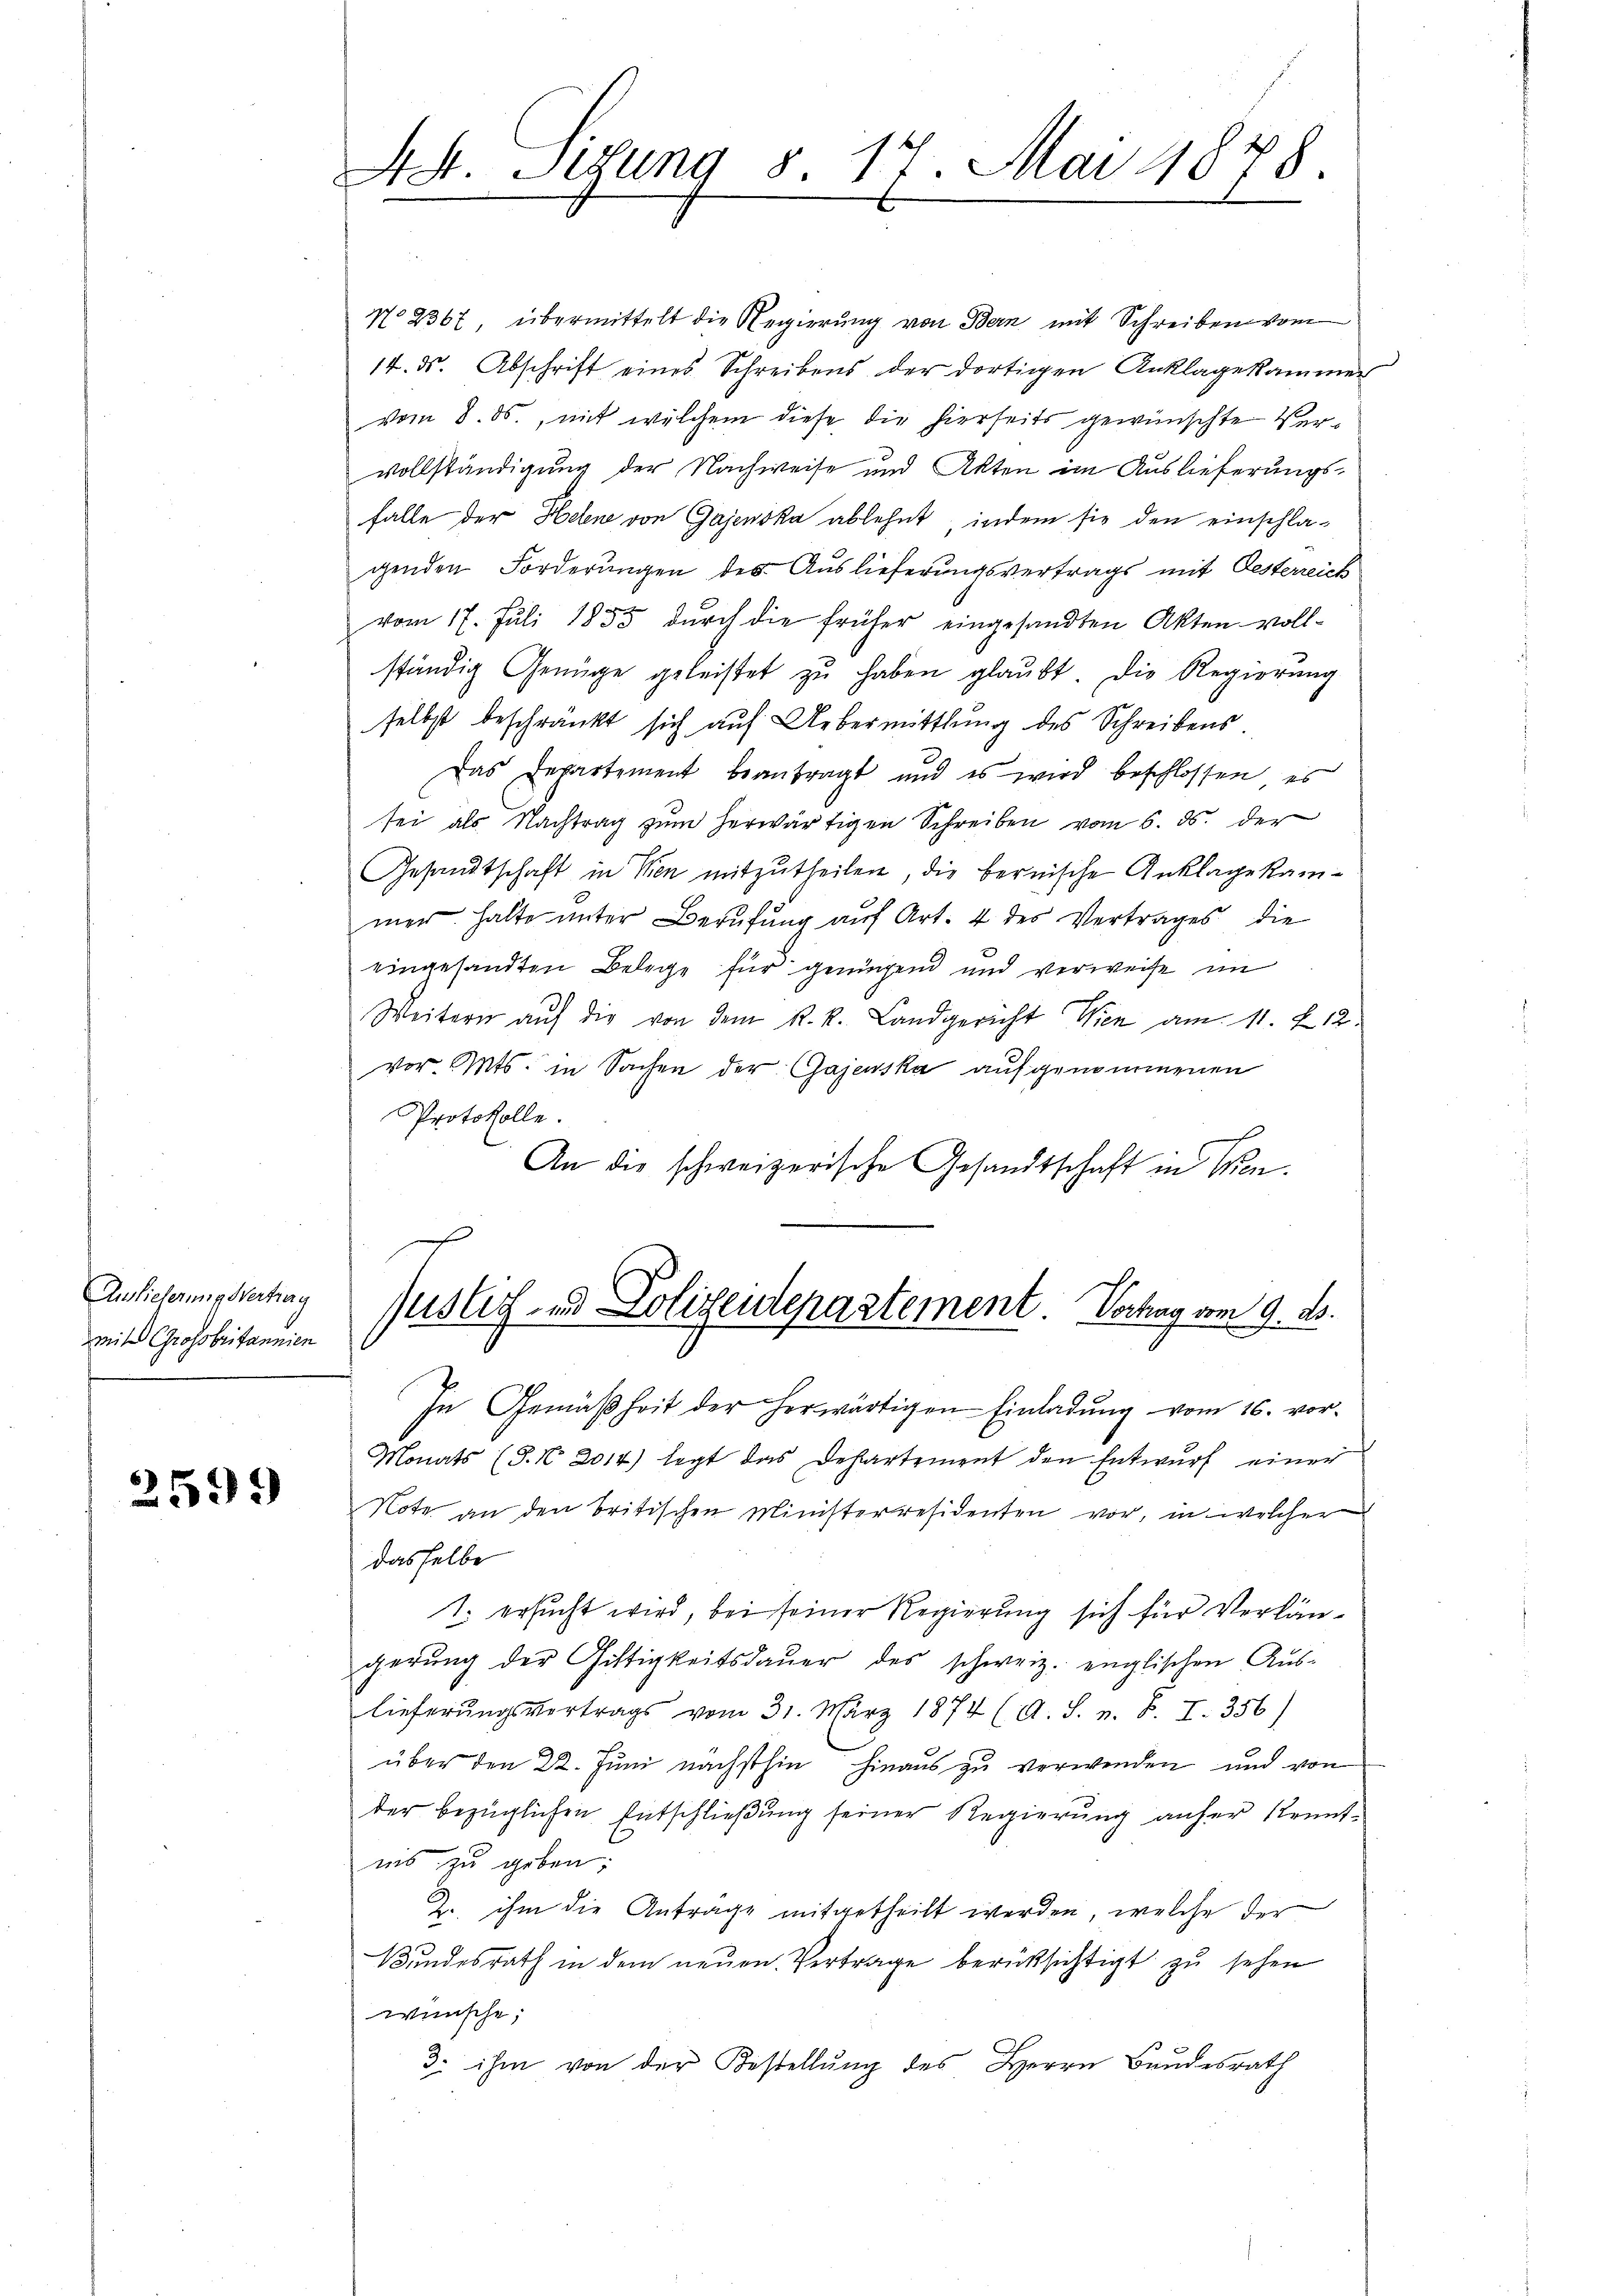
Auslieferungsvertrag
mite Grossbritannien

2599

44. Sizung S. 17. Mai 1878.

No 2367 übermittelt die Regierung von Bern mit Schreiben vom
14. ds. Abschrift eines Schreibens der dortigen Anklagekammen
vom 8. ds., mit welchem diese die hierseits gewünschte Vervollständigung der Nachweise und Akten im Auslieferungsfalle der Helene von Gajenska ablehnt, indem sie den einschla-
genden Forderungen des Auslieferungsvertrags mit Oesterreich
vom 17. Juli 1855 dŭrch die früher eingesandten Akten voll-
ständig Genüge geleistet zŭ haben glaubt. Die Regierung
selbst beschränkt sich auf Uebermittlung des Schreibens
Das Departement beantragt und es wird beschlossen, es
sei als Nachtrag zŭm herwärtigen Schreiben vom 6. ds. der
Gesandtschaft in den mitzutheilen, die bernische Anklage kammer. Halte unter Berufung auf Art. 4 des Vertrages die
eingesandten Belege für genügend und verweise im
Weitern auf die von dem R. k. Landgericht Wien am 11. 212.
vor. Mts. in Sachen der Gajenska aufgenommenen
Protokolle.
An die schweizerische Gesandtschaft in Wien.

Justiz- und Polizendepartement. Vorhag vom 9. ds.
In Gemäßheit der herwärtigen Einladung vom 16. vor-
Monats (S. N. 2014) legt das Departement den Entwŭrf einer
Note an den britischen Ministerresidenten vor, in welcher
dasselbe
1. ersucht wird, bei seiner Regierung sich für Verlängerung der Gültigkeitsdauer des schweiz. englischen Auslieferŭngsvertrags vom 31. März 1874 (A. S. z. B. I. 356)
über den 22. Juni nächsthin hinaus zu verwenden und von
der bezüglichen Entschließung seiner Regierung anher kenntnis zu geben;
2. ihm die Antrage mitgetheilt werden, welche der
Bundesrath in dem neuen Vertrage berücksichtigt zu sehen
wünsche;
3. ihm von der Bestellung des Herrn Bundesrath